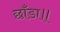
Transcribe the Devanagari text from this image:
छाँडा॥